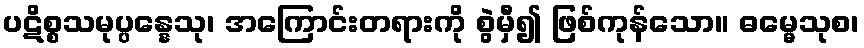
ပဋိစ္စသမုပ္ပန္နေသု၊ အကြောင်းတရားကို စွဲမှီ၍ ဖြစ်ကုန်သော။ ဓမ္မေသုစ၊